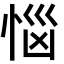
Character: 𢚰